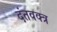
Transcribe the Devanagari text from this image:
दंतवक्त्र